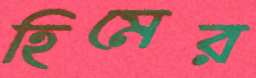
হিমের